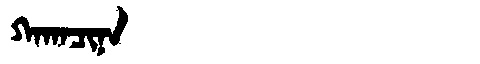
Manchu: ᡴᠠᡴᠠᠴᡳᠨᠠ
Romanization: KAKACINA